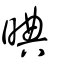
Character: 晪